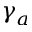
\gamma _ { a }